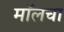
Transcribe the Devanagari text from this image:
मॉलचा